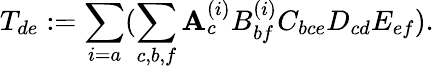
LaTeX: T_{de}:=\sum_{i=a}(\sum_{c,b,f}\mathbf{A}_{c}^{(i)}B_{bf}^{(i)}C_{bce}D_{cd}E_{ef}).